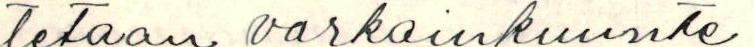
tetaan varkainkuunte